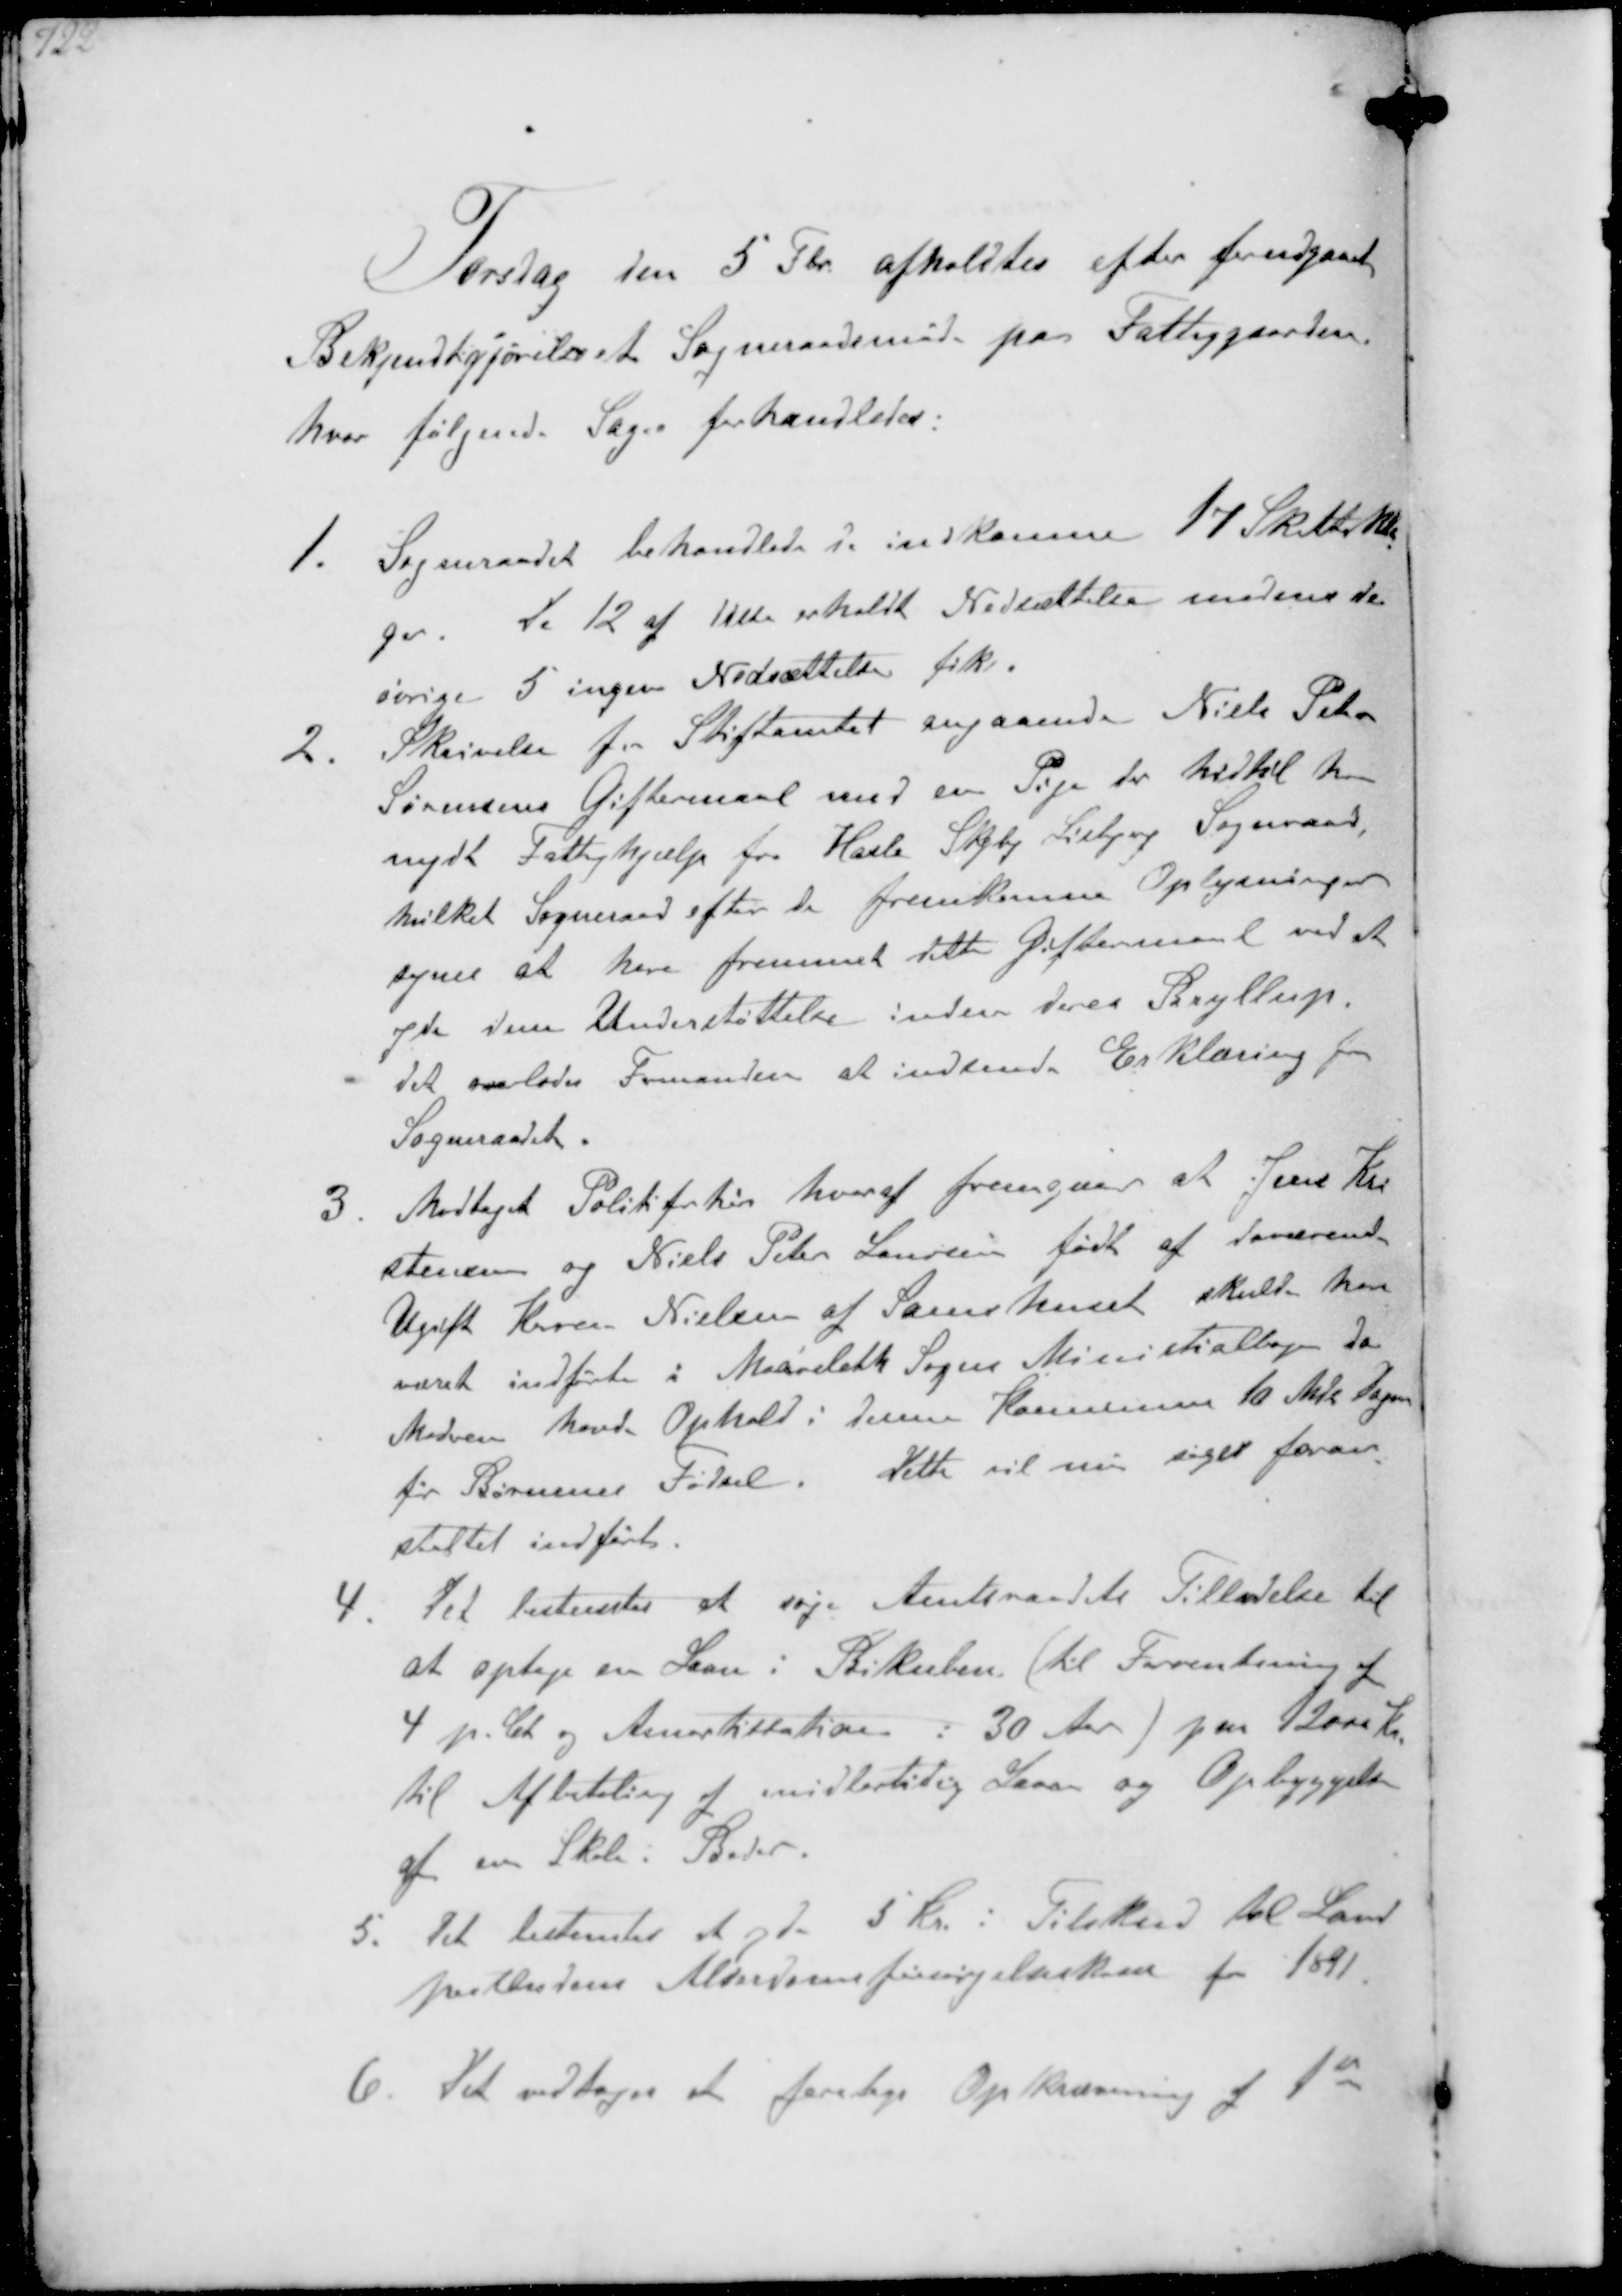
Transskription:
Torsdag den 5 Fbr afholdtes efter forudgaaet
Bekjendtgjørelse et Sogneraadsmøde paa Fattiggaarden
hvor følgende Sager forhandledes.
1. Sogneraadet behandlede de indkomne 17 Skattekla-
ger De 12 af disse erholdt Nedsættelse medens de
øvrige 5 ingen Nedsættelse fik.
2. Skrivelse fra Stiftamtet angaaende Niels Peter
Sørensens Giftermaal med en Pige der hidtil har
nydt Fattighjælp fra Hasle Skejby Lisbjerg Sogneraad
hvilket Sogneraad efter de fremkomne Oplysninger
synes at have fremmet dette Giftermaal ved at
yde dem Understøttelse inden deres Bryllup.
det overlodes Fomanden at indhente Erklæring fra
Sogneraadet.
3. Modtaget Politiforhør hveraf fremgaar at Jens Kri-
stensen og Niels Peter Laursen født af daværende
Ugift Karen Nielsen af Samshuset skulde have
været indførte i Maarleth Sogns Ministialbog da
Moderen havde Ophold i denne Kommune 10 Mde Dagen
for Børnenes Fødsel. dette vil nu søges foran-
staltet indført.
4. Det bestemtes at søge Amtsraadets Tilladelse til
at optage en Laan i Bikuben (til Forrentning af
4 p. Ct og Amortittation i 30 Aar paa 2000 Kr.
til Afbetaling af midtertidig Laan og Opbyggelsen
at en Skole i Beder.
5. Det bestemtes at give 5 Kr. i Tilskud til Land-
postbudenes Alderdomsforsørgelseskasse for 1891
6. Det vedtoges at foretage Opkrævning af 1st